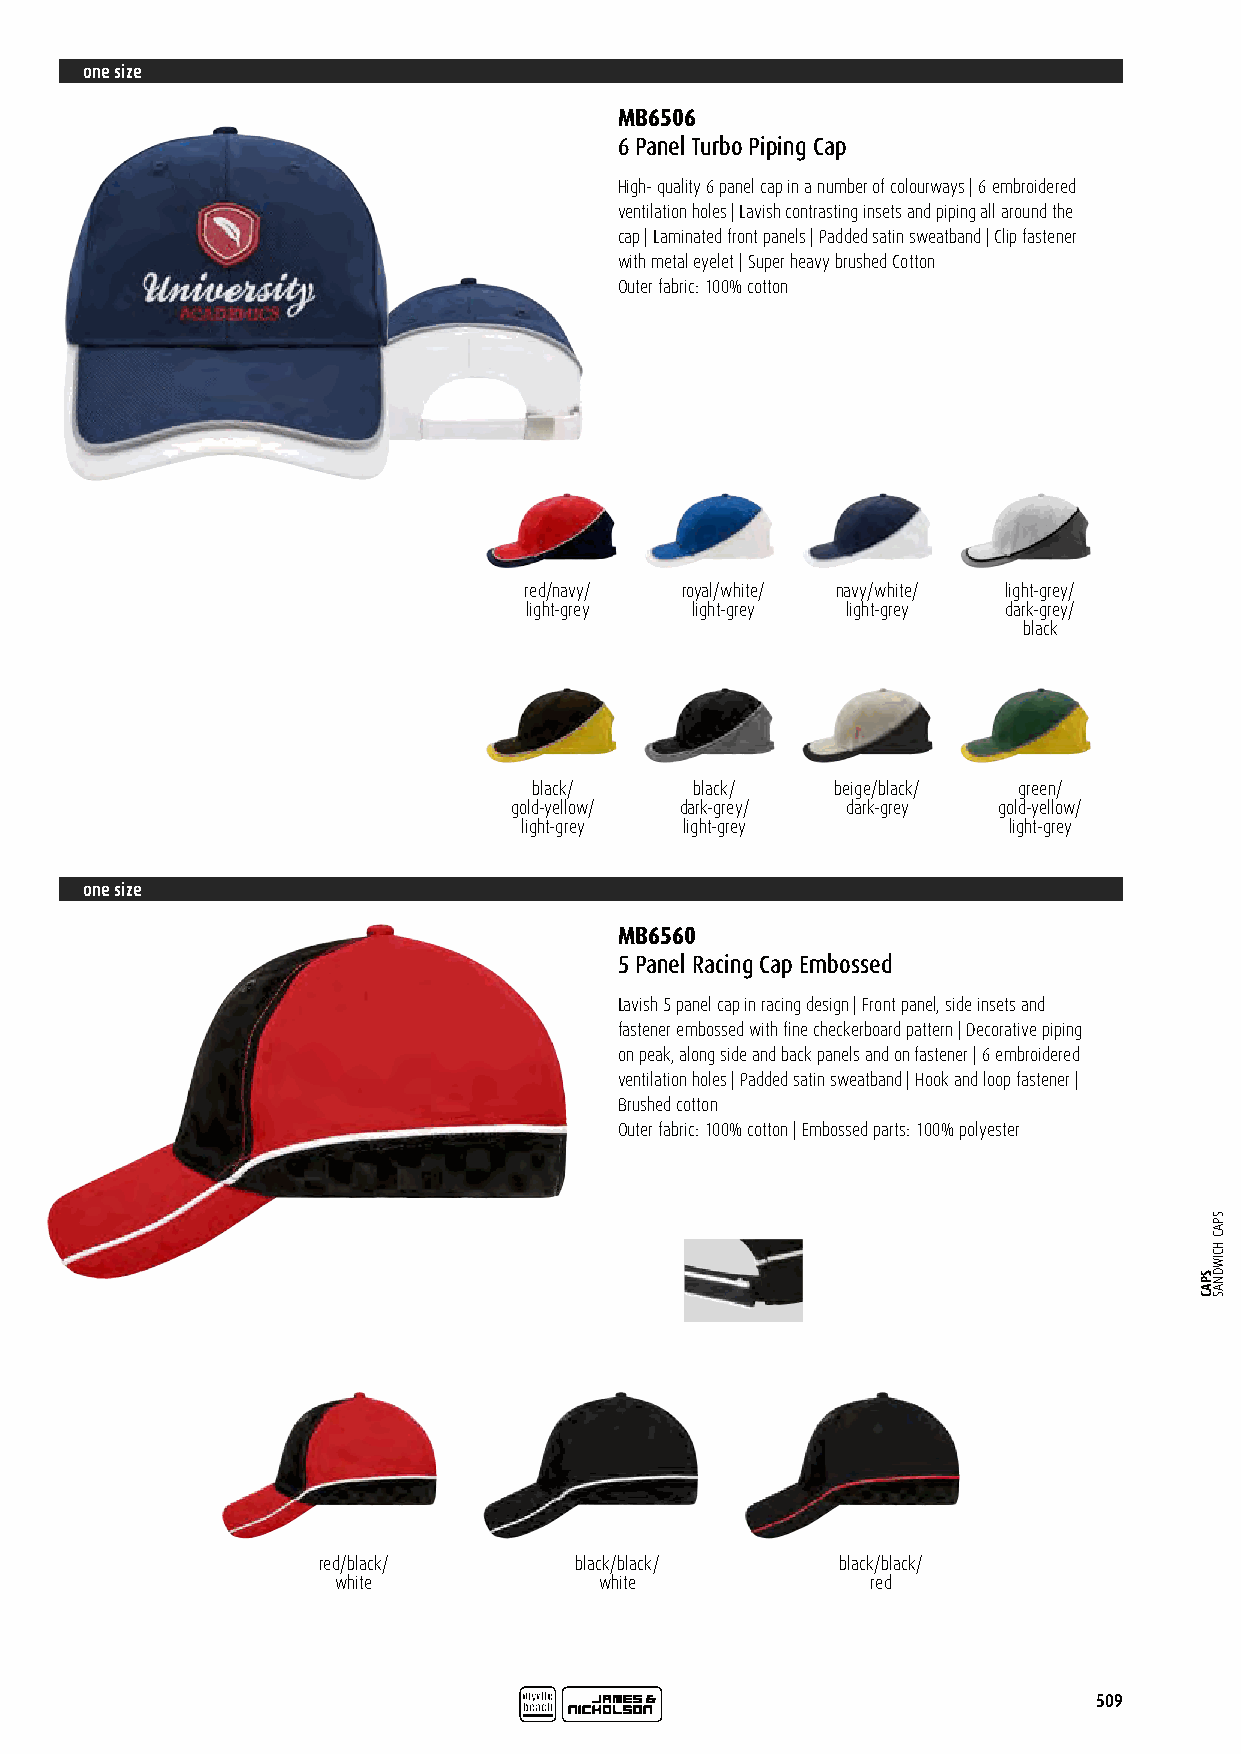
one size
 MB6506
 6 Panel Turbo Piping Cap
 High- quality 6 panel cap in a number of colourways | 6 embroidered
 ventilation holes | Lavish contrasting insets and piping all around the
 cap | Laminated front panels | Padded satin sweatband | Clip fastener
 with metal eyelet | Super heavy brushed Cotton
 Outer fabric: 100% cotton
 red/navy/ royal/white/ navy/white/ light-grey/
 light-grey light-grey light-grey dark-grey/
 black
 black/     black/   beige/black/ green/
 gold-yellow/ dark-grey/ dark-grey gold-yellow/
 light-grey light-grey            light-grey
 one size
 MB6560
 5 Panel Racing Cap Embossed
 Lavish 5 panel cap in racing design | Front panel, side insets and
 fastener embossed with fine checkerboard pattern | Decorative piping
 on peak, along side and back panels and on fastener | 6 embroidered
 ventilation holes | Padded satin sweatband | Hook and loop fastener |
 Brushed cotton
 Outer fabric: 100% cotton | Embossed parts: 100% polyester
 red/black/       black/black/      black/black/
 white             white             red
 509
 SPAC
 SPAC
 HCIWDNAS